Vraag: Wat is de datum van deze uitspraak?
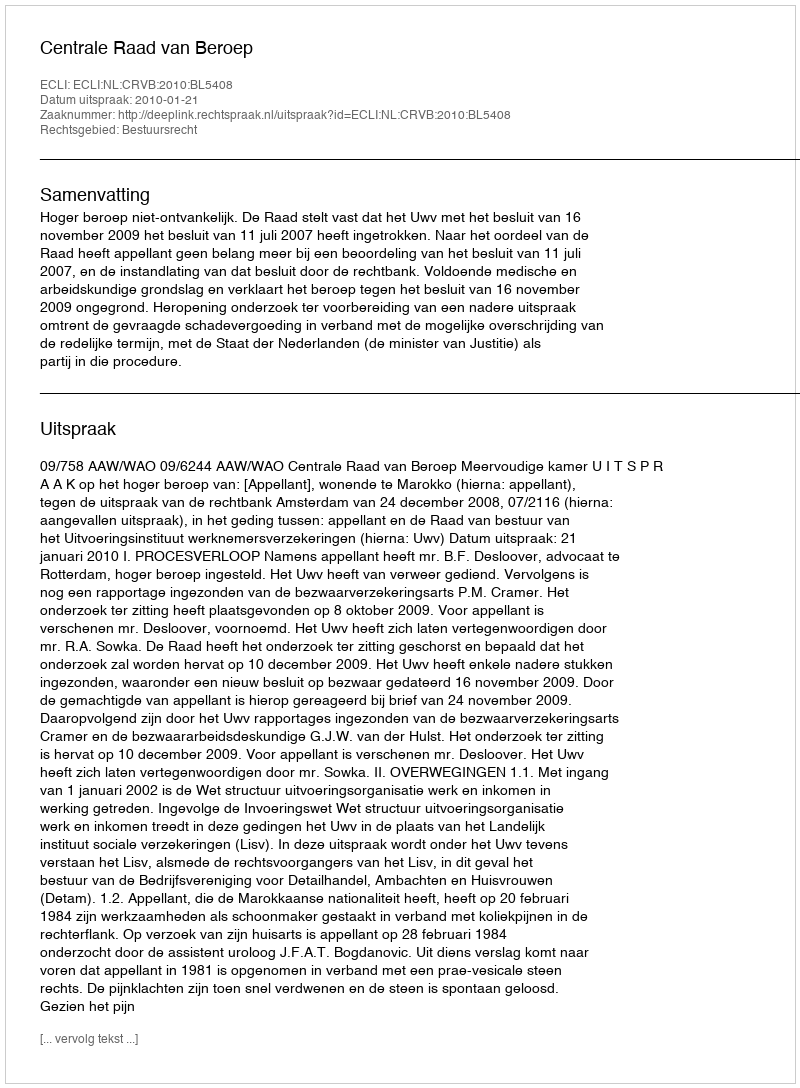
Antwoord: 2010-01-21